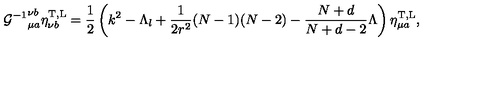
{ { \cal G } ^ { - 1 } } _ { \mu a } ^ { \nu b } \eta _ { \nu b } ^ { \mathrm { T , L } } = \frac { 1 } { 2 } \left( k ^ { 2 } - \Lambda _ { l } + \frac { 1 } { 2 r ^ { 2 } } ( N - 1 ) ( N - 2 ) - \frac { N + d } { N + d - 2 } \Lambda \right) \eta _ { \mu a } ^ { \mathrm { T , L } } ,